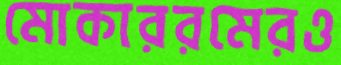
মোকাররমেরও